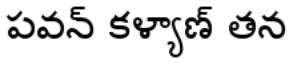
పవన్ కళ్యాణ్ తన